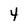
Character: 4